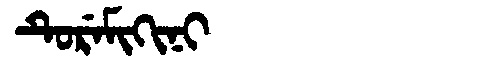
Manchu: ᡨᡠᡵᡝᠮᡳᡴᡳᠨᡳ
Romanization: TUREMIKINI